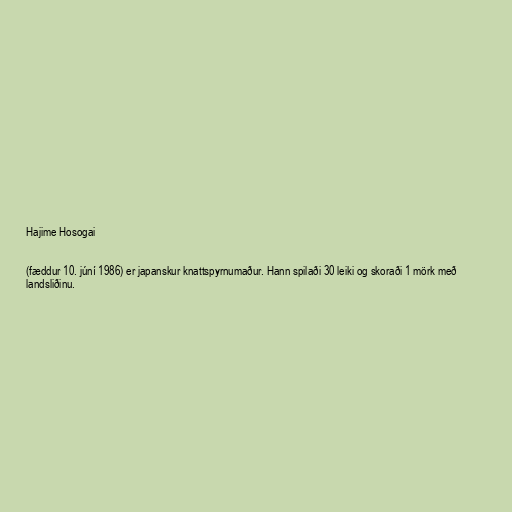
Hajime Hosogai

(fæddur 10. júní 1986) er japanskur knattspyrnumaður. Hann spilaði 30 leiki og skoraði 1 mörk með
landsliðinu.